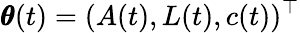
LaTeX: \pmb\theta(t)=(A(t),L(t),c(t))^{\top}